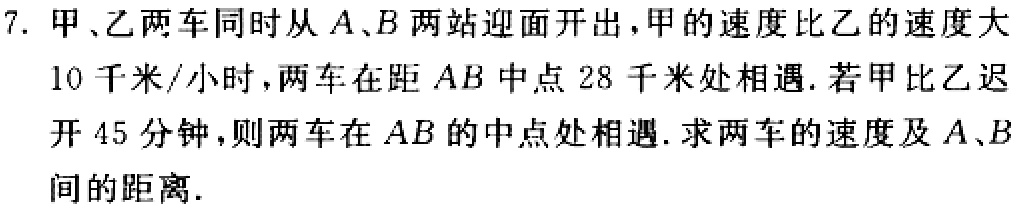
7. 甲、乙两车同时从\(A\)、\(B\)两站迎面开出，甲的速度比乙的速度大\(10\)千米/小时，两车在距\(AB\)中点\(28\)千米处相遇. 若甲比乙迟开\(45\)分钟，则两车在\(AB\)的中点处相遇. 求两车的速度及\(A\)、\(B\)间的距离.